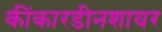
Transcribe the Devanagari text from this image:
कींकारडीनशायर